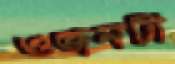
ওজনটা